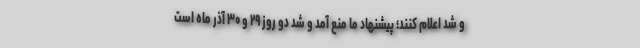
و شد اعلام کنند؛ پیشنهاد ما منع آمد و شد دو روز ۲۹ و ۳۰ آذر ماه است